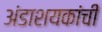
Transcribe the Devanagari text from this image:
अंडाशयकांची